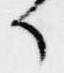
候